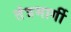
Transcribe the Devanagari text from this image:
तंत्रमार्गी